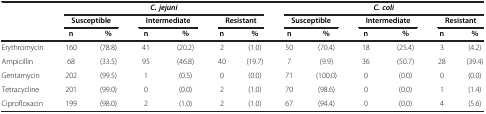
<table><thead><tr><td rowspan="2"><b> </b></td><td colspan="6"><b><i>C. jejuni</i></b></td><td colspan="6"><b><i>C. coli</i></b></td></tr><tr><td colspan="2"><b>Susceptible</b></td><td colspan="2"><b>Intermediate</b></td><td colspan="2"><b>Resistant</b></td><td colspan="2"><b>Susceptible</b></td><td colspan="2"><b>Intermediate</b></td><td colspan="2"><b>Resistant</b></td></tr><tr><td><b> </b></td><td><b>n</b></td><td><b>%</b></td><td><b>n</b></td><td><b>%</b></td><td><b>n</b></td><td><b>%</b></td><td><b>n</b></td><td><b>%</b></td><td><b>n</b></td><td><b>%</b></td><td><b>n</b></td><td><b>%</b></td></tr></thead><tbody><tr><td>Erythromycin</td><td>160</td><td>(78.8)</td><td>41</td><td>(20.2)</td><td>2</td><td>(1.0)</td><td>50</td><td>(70.4)</td><td>18</td><td>(25.4)</td><td>3</td><td>(4.2)</td></tr><tr><td>Ampicillin</td><td>68</td><td>(33.5)</td><td>95</td><td>(46.8)</td><td>40</td><td>(19.7)</td><td>7</td><td>(9.9)</td><td>36</td><td>(50.7)</td><td>28</td><td>(39.4)</td></tr><tr><td>Gentamycin</td><td>202</td><td>(99.5)</td><td>1</td><td>(0.5)</td><td>0</td><td>(0.0)</td><td>71</td><td>(100.0)</td><td>0</td><td>(0.0)</td><td>0</td><td>(0.0)</td></tr><tr><td>Tetracycline</td><td>201</td><td>(99.0)</td><td>0</td><td>(0.0)</td><td>2</td><td>(1.0)</td><td>70</td><td>(98.6)</td><td>0</td><td>(0.0)</td><td>1</td><td>(1.4)</td></tr><tr><td>Ciprofloxacin</td><td>199</td><td>(98.0)</td><td>2</td><td>(1.0)</td><td>2</td><td>(1.0)</td><td>67</td><td>(94.4)</td><td>0</td><td>(0.0)</td><td>4</td><td>(5.6)</td></tr></tbody></table>